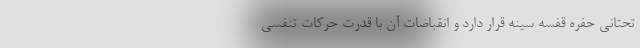
تحتانی حفره قفسه سینه قرار دارد و انقباضات آن با قدرت حرکات تنفسی